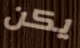
يكن